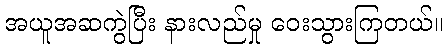
အယူအဆကွဲပြီး နားလည်မှု ဝေးသွားကြတယ်။